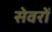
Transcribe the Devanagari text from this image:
सेवरों